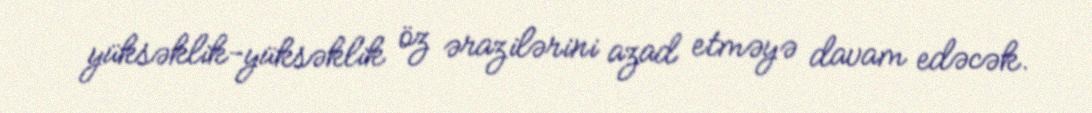
yüksəklik-yüksəklik öz ərazilərini azad etməyə davam edəcək.